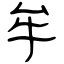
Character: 牟